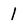
Character: 1